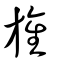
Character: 旌